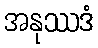
အနုဿဒံ